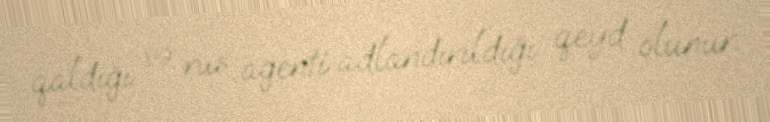
qaldığı və rus agenti adlandırıldığı qeyd olunur.